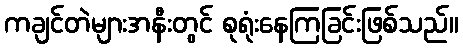
ကချင်တဲများအနီးတွင် စုရုံးနေကြခြင်းဖြစ်သည်။